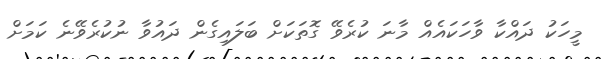
މީހަކު ދައްކާ ވާހަކައެއް މާނަ ކުރެވޭ ގޮތަކަށް ބަލައިގެން ދައުވާ ނުކުރެވޭނެ ކަމަށް